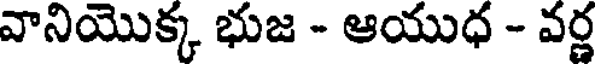
వానియొక్క భుజ - ఆయుధ - వర్ణ